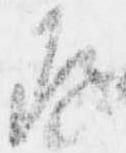
存